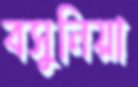
বসুনিয়া